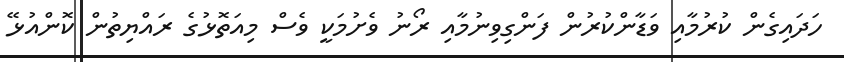
ހަދައިގެން ކުރުމާއި ވަޑާންކުރުން ފަންގިވިނުމާއި ރޯނު ވެށުމަކީ ވެސް މިއަތޮޅުގެ ރައްޔިތުން ކޮންއުޅޭ